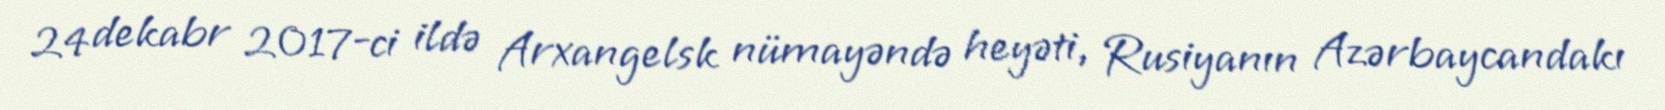
24 dekabr 2017-ci ildə Arxangelsk nümayəndə heyəti, Rusiyanın Azərbaycandakı